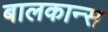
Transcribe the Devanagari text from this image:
बालकान्स